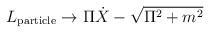
LaTeX: \begin{align*}L_{\rm particle} \to \Pi \dot{X} - \sqrt{\Pi^2 + m^2}\end{align*}